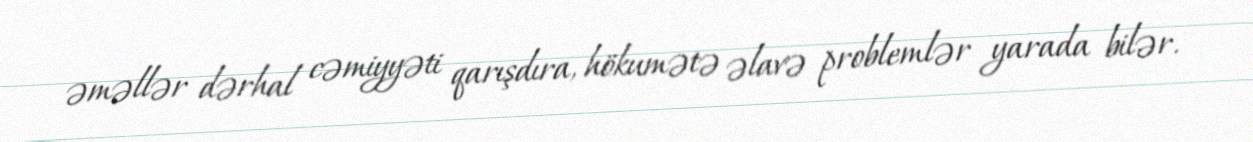
əməllər dərhal cəmiyyəti qarışdıra, hökumətə əlavə problemlər yarada bilər.